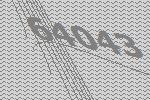
64043